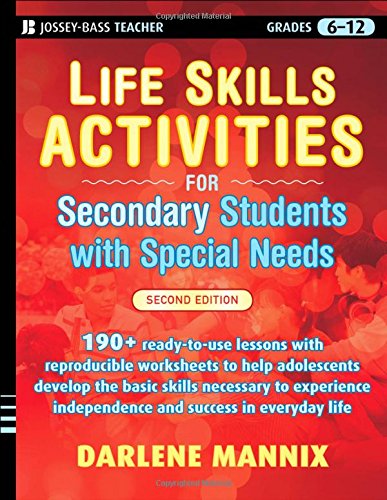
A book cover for Life Skills Activities for Secondary Students with Special Needs, 2 edition; Darlene Mannix; Education & Teaching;